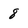
Character: 8